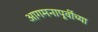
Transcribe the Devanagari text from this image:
आगमनापूर्वीच्या